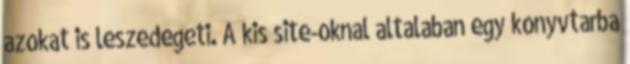
azokat is leszedegeti. A kis site-oknal altalaban egy konyvtarba